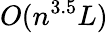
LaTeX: O(n^{3.5}L)